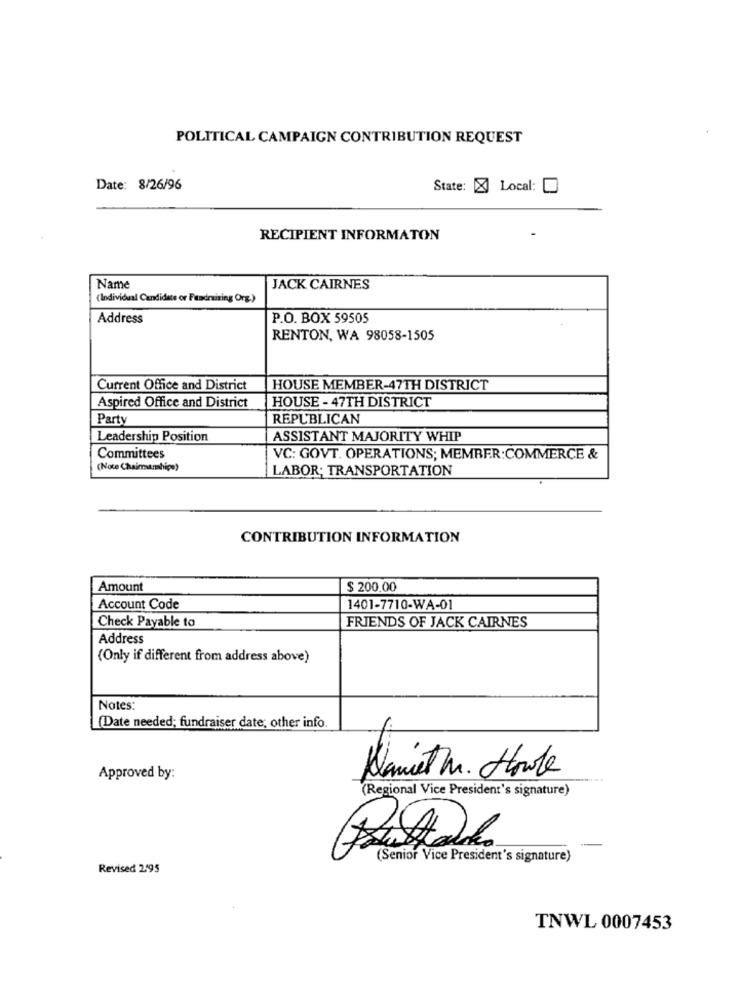
POLITICAL CAMPAIGN CONTRIBUTION REQUEST
Date: 8/26/96
State: X Local:
RECIPIENT INFORMATON
Name
JACK CAIRNES
(Individual Candidate or Fundraising Org.)
Address
P.O. BOX 59505
RENTON, WA 98058-1505
Current Office and District
HOUSE MEMBER-47TH DISTRICT
Aspired Office and District
HOUSE - 47TH DISTRICT
Party
REPUBLICAN
Leadership Position
ASSISTANT MAJORITY WHIP
Committees
VC: GOVT. OPERATIONS; MEMBER:COMMERCE &
(Note Chairamhips)
LABOR: TRANSPORTATION
CONTRIBUTION INFORMATION
Amount
$ 200.00
Account Code
1401-7710-WA-01
Check Payable to
FRIENDS OF JACK CAIRNES
Address
(Only if different from address above)
Notes:
(Date needed; fundraiser date; other info
Approved by:
Kaniet Mr. Howde
(Regional Vice President's signature)
(Senior Vice President's signature)
Revised 2195
TNWL 0007453